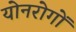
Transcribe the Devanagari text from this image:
योनरोगों